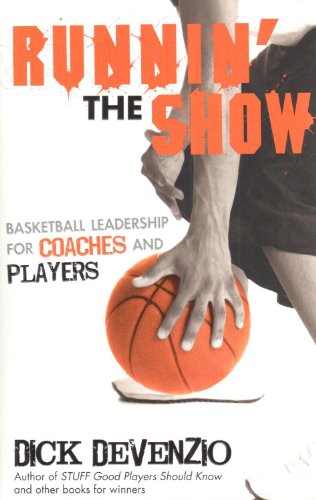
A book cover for Runnin' The Show: Basketball Leadership for Coaches and Players; Dick DeVenzio; Sports & Outdoors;